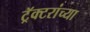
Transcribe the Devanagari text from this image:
ट्रॅक्टरांच्या